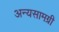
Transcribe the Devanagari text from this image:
अन्यसामग्री